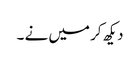
دیکھ کر میں نے ۔